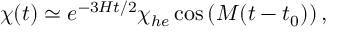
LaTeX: \chi ( t ) \simeq e ^ { - 3 H t / 2 } \chi _ { h e } \cos \left( M ( t - t _ { 0 } ) \right) ,